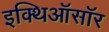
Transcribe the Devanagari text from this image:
इक्थिऑसॉर